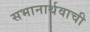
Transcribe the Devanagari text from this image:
सभानार्थवाची